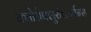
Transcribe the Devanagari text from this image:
क्लोरोफ्लुरोकार्बन्स